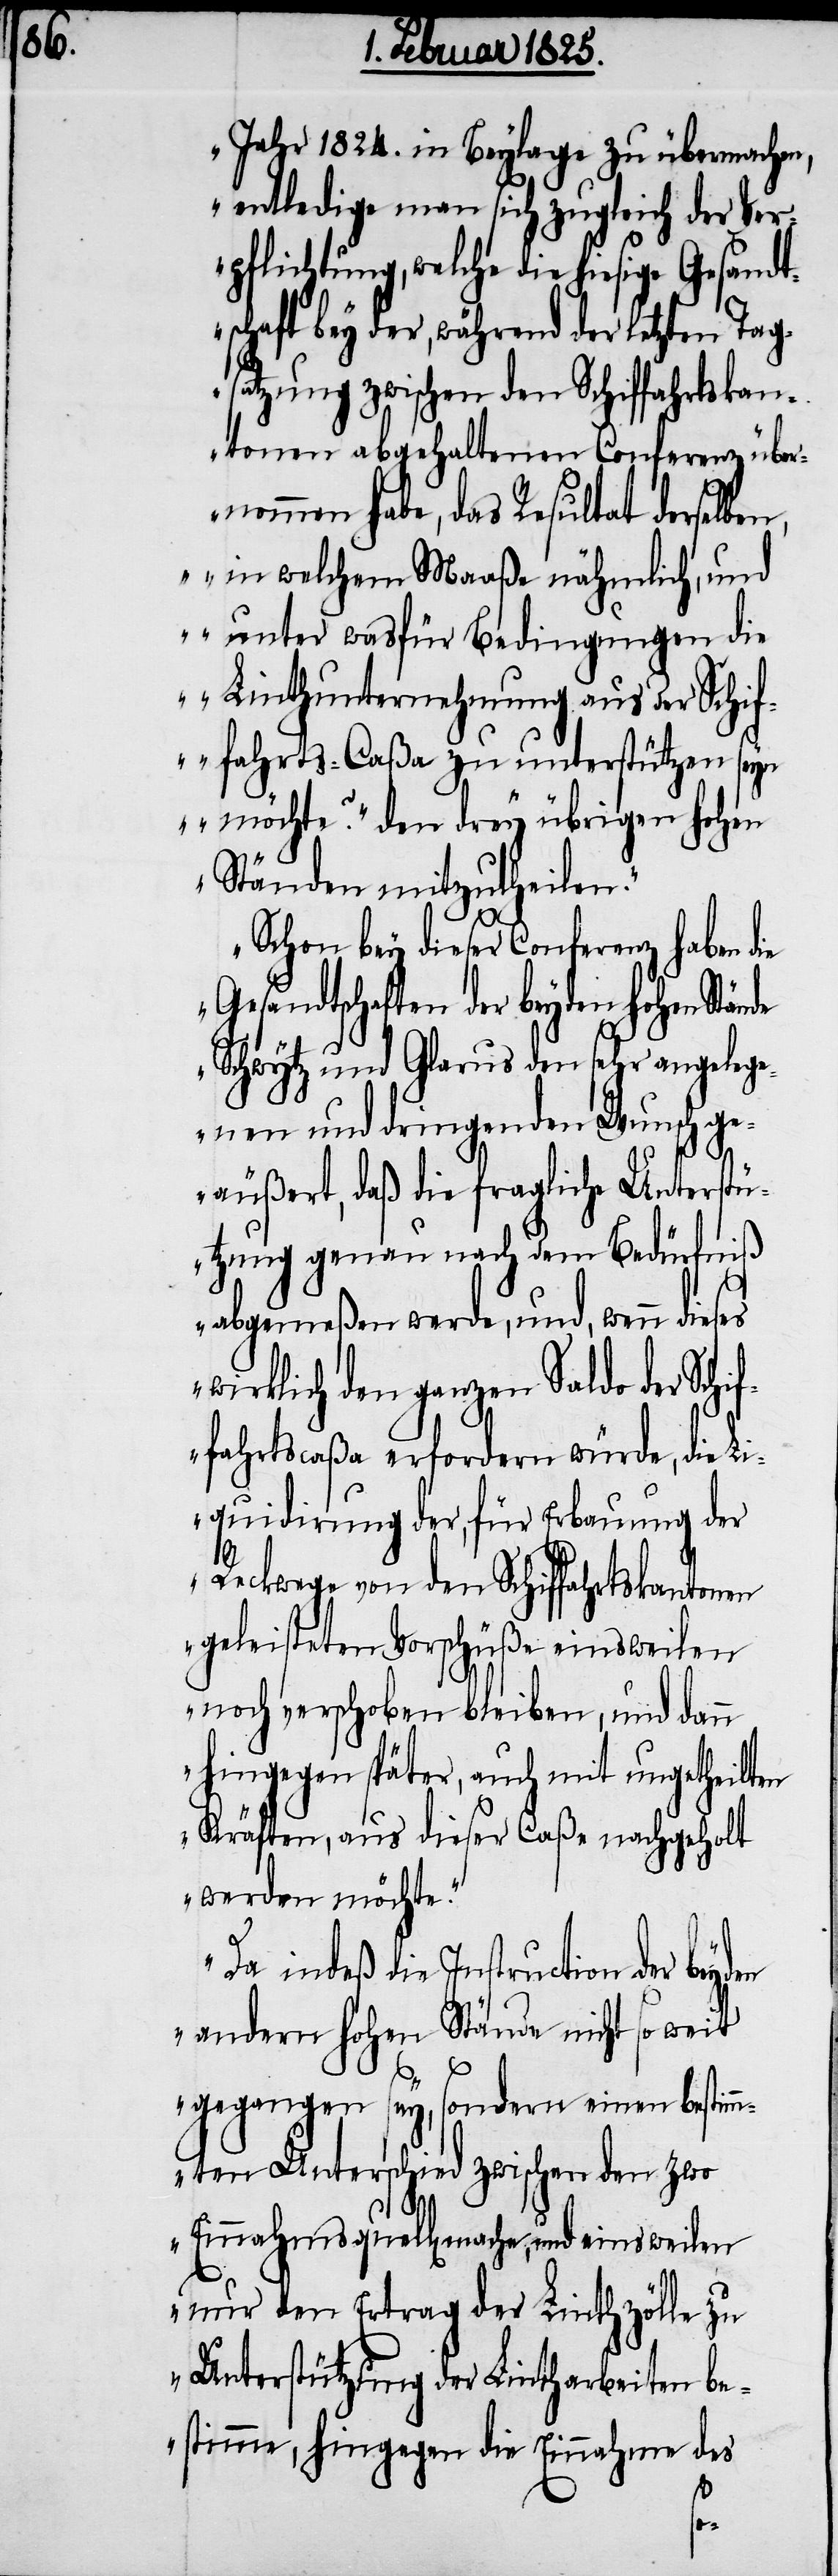
Jahr 1824. in Beylage zu übermachen,
entledige man sich zugleich der Ver¬
pflichtung, welche die hiesige Gesandt¬
schaft bey der, während der letzten Tag¬
satzung zwischen den Schiffahrtskan¬
tonen abgehaltenen Conferenz übe¬
rnommen habe, das Resultat derselbe¬
n, „in welchem Maaße nähmlich, und
unter wasfür Bedingungen die
Linthunternehmung aus der Schif¬
fahrts-Caßa zu unterstützen seyn
möchte?“ den drey übrigen hohen
Ständen mitzutheilen.“
„Schon bey dieser Conferenz haben d¬
Gesandtschaften der beyden hohen Stände
Schwytz und Glarus den sehr angelege¬
nen und dringenden Wunsch ge¬
äußert, daß die fragliche Unterstü¬
tzung genau nach dem Bedürfniß
abgemeßen werde, und, wenn dieses
wirklich den ganzen Saldo der Schi¬
ffahrtscaßa erfordern würde, die Li¬
quidirung der, für Erbauung der
Reckwege von den Schiffahrtskantonen
geleisteten Vorschüße einsweilen
noch verschoben bleiben, und dann
hingegen später, auch mit ungetheilten
Kräften, aus dieser Caße nachgeholt
werden möchte.“
Da indeß die Instruction der beyden
andern hohen Stände nicht so weit
gegangen sey, sondern einen bestim¬
mten Unterschied zwischen den zwo
Einnahmsquell[en] mache, und einsweilen
nur den Ertrag der Linthzölle zu
Unterstützung der Lintharbeiten be¬
stimme, hingegen die Einnahme des
ie